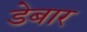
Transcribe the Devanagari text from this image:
डेबार